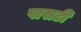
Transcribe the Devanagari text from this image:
पासटी